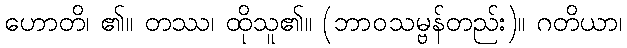
ဟောတိ၊ ၏။ တဿ၊ ထိုသူ၏။ (ဘာဝသမ္ဗန်တည်း)။ ဂတိယာ၊